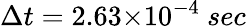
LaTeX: {\Delta{t}}=2.63{\times}10^{-4}~sec